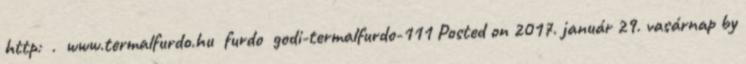
http: . www.termalfurdo.hu furdo godi-termalfurdo-111 Posted on 2017. január 29. vasárnap by